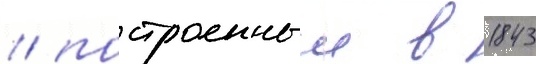
/ построенныи в 1843